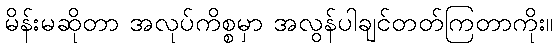
မိန်းမဆိုတာ အလုပ်ကိစ္စမှာ အလွန်ပါချင်တတ်ကြတာကိုး။